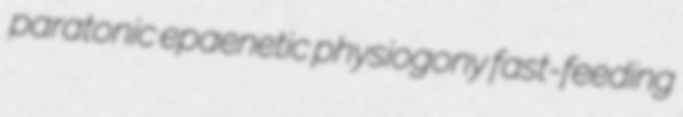
paratonic epaenetic physiogony fast-feeding